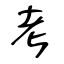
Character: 考